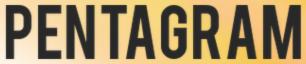
PENTAGRAM